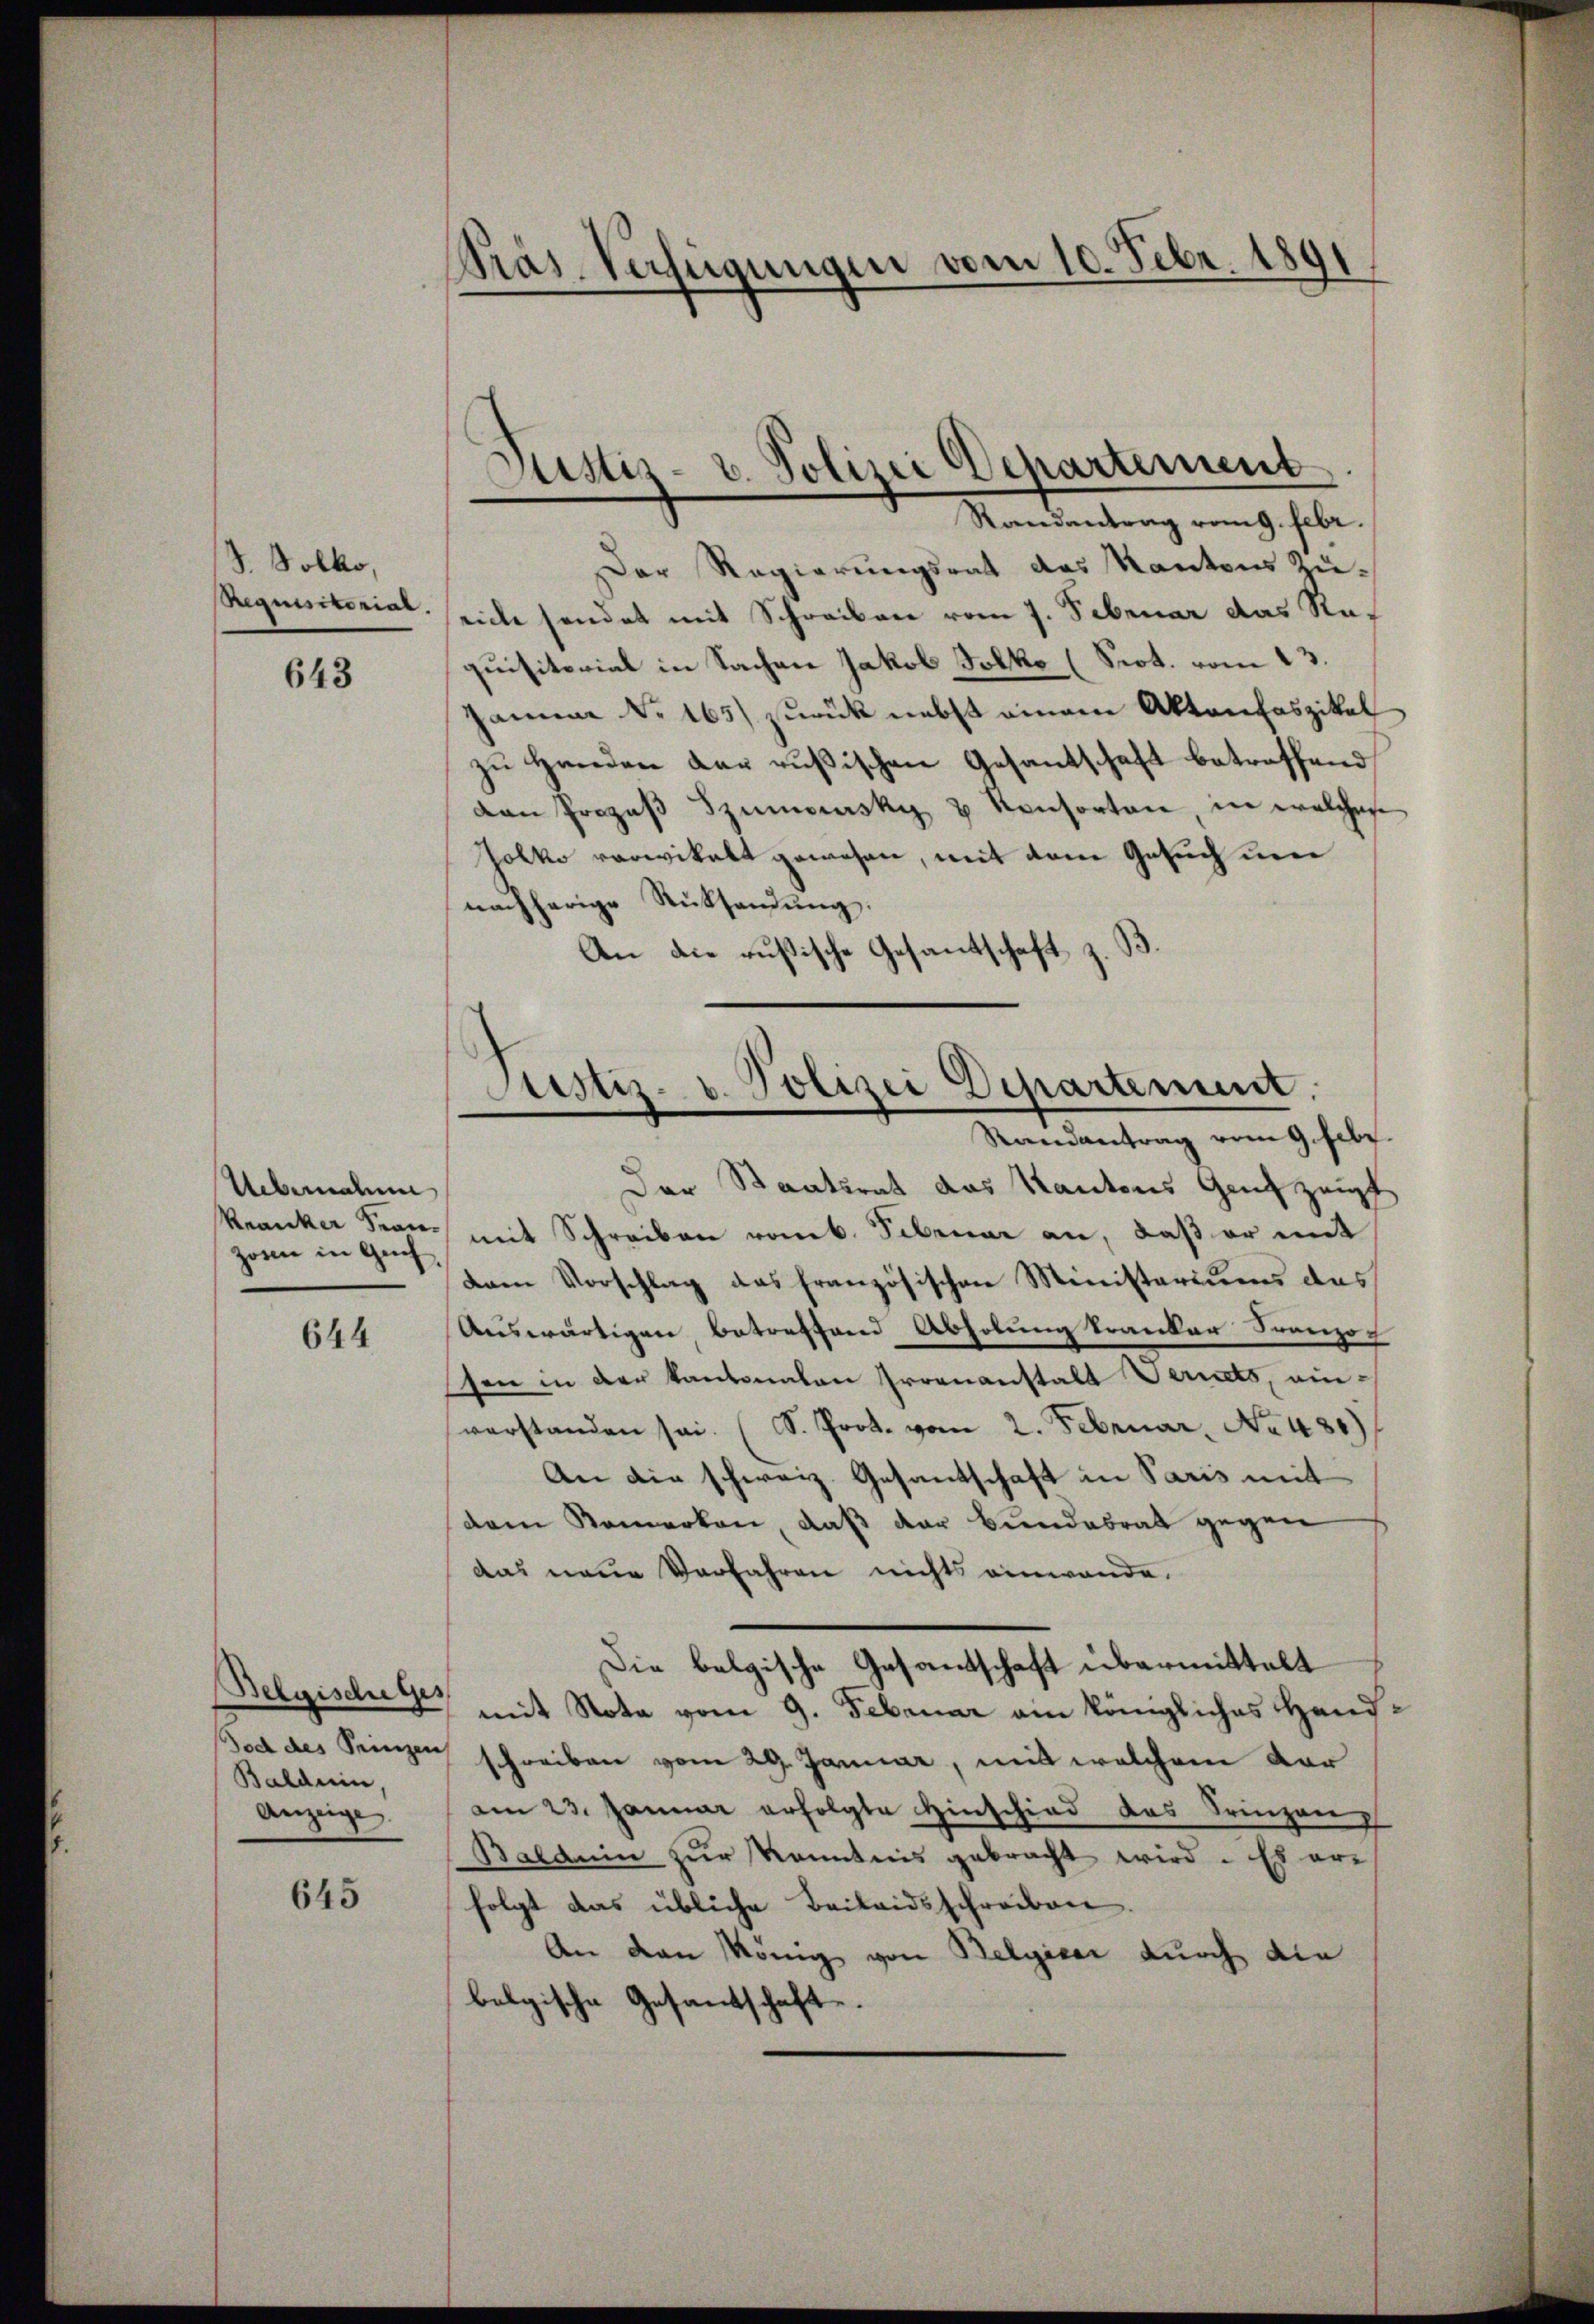
S. Solko,
Requisitorial.

643

Uebernahm
Kranker Stanzorn in Genf,

644

Belgische ges
Baldein,
Anzeige

645

Präs. Verfügungen vom 10. Febr. 1891

Der Regierungsrat des Kantons Züeiche sendet mit Schreiben vom 7. Februar das Requisitorial in Sachen Jakob Folko (Prot. vom 13.
Januar No. 165) zurück nebst einem Aktenfaszikel
zu Handen der rußischen Gesantschaft betreffend
dan Prozeβ Szumeinsky & Konsorten, in welches
Jolko vorwikalt gewesen, mit dem Gesuch nie
nachherige Rücksendung:
An die rusische Gesandtschaft

Justiz- u. Polizei Departement
Randantrag vom 9. Febr.

Justiz- u. Polizei Departement.
Randantrag vom 9. Febr.

Der Staatsrat das Kantons Genf zeigt
mit Schreiben romb. Februar an, daß er mit
dam Vorschlag das französischen Ministeriums des
Auswärtigen betreffend Abholung kranker Franzog
sen in der Kantonalen Proenanstalt Vernets, einverstanden sei. (S. Prot. vom 2. Februar. No. 486)
An die schweiz. Gesantschaft in Paris mit
dem Bemerken, daß der Bundesrat gegen
das neue Verfahren nichts einwande.
Die belgische Gasantschaft übermittelt
mit Nota vom 9. Februar am Königliches Hand¬
Bod des Prinzen schreiben vom 29. Januar, mit welchem dar
am 23. Januar erfolgte Hinschied das Prinzen,
Baldein zur Kenntnis gebracht wird. Es erfolgt das übliche Beilaidsschreiben.
An den König von Belgicar durch die
belgische Gesandtschaft.